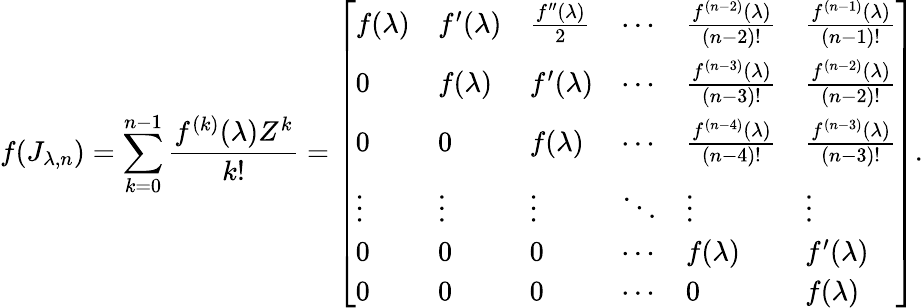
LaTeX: f(J_{\lambda,n})=\sum_{k=0}^{n-1}{\frac{f^{(k)}(\lambda)Z^{k}}{k!}}={\left[\begin{array}{llllll}{f(\lambda)}&{f^{\prime}(\lambda)}&{{\frac{f^{\prime\prime}(\lambda)}{2}}}&{\cdots}&{{\frac{f^{(n-2)}(\lambda)}{(n-2)!}}}&{{\frac{f^{(n-1)}(\lambda)}{(n-1)!}}}\\ {0}&{f(\lambda)}&{f^{\prime}(\lambda)}&{\cdots}&{{\frac{f^{(n-3)}(\lambda)}{(n-3)!}}}&{{\frac{f^{(n-2)}(\lambda)}{(n-2)!}}}\\ {0}&{0}&{f(\lambda)}&{\cdots}&{{\frac{f^{(n-4)}(\lambda)}{(n-4)!}}}&{{\frac{f^{(n-3)}(\lambda)}{(n-3)!}}}\\ {\vdots}&{\vdots}&{\vdots}&{\ddots}&{\vdots}&{\vdots}\\ {0}&{0}&{0}&{\cdots}&{f(\lambda)}&{f^{\prime}(\lambda)}\\ {0}&{0}&{0}&{\cdots}&{0}&{f(\lambda)}\end{array}\right]}.